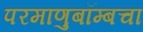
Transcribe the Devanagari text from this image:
परमाणुबॉम्बचा